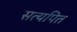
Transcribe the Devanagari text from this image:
सत्यपित